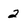
Character: 2